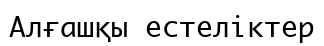
Алғашқы естеліктер